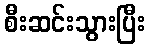
စီးဆင်းသွားပြီး